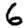
Digit: 6